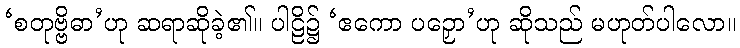
‘စတုဗ္ဗိဓာ’ဟု ဆရာဆိုခဲ့၏။ ပါဠိ၌ ‘ဧကော ပဉှော’ဟု ဆိုသည် မဟုတ်ပါလော။